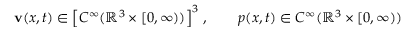
\mathbf { v } ( x , t ) \in \left[ C ^ { \infty } ( \mathbb { R } ^ { 3 } \times [ 0 , \infty ) ) \right] ^ { 3 } \, , \qquad p ( x , t ) \in C ^ { \infty } ( \mathbb { R } ^ { 3 } \times [ 0 , \infty ) )